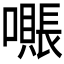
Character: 𫬖